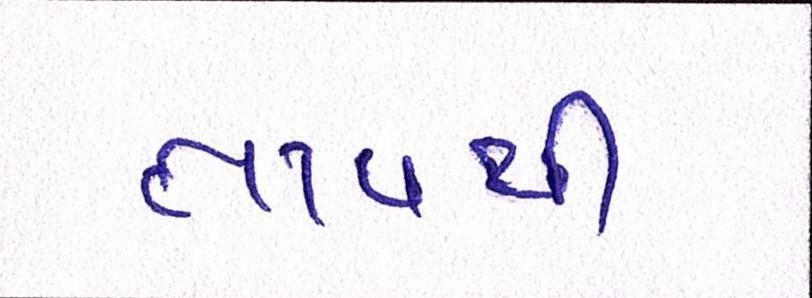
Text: તાવથી